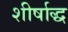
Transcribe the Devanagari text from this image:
शीर्षाद्ध